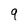
Character: 9